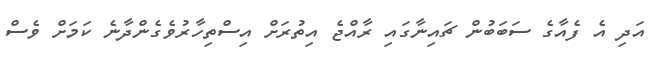
އަދި އެ ފެއާގެ ސަބަބުން ޗައިނާގައި ރާއްޖެ އިތުރަށް އިސްތިހާރުވެގެންދާނެ ކަމަށް ވެސް